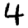
Digit: 4